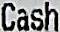
CASH